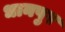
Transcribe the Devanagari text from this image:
धानपुर